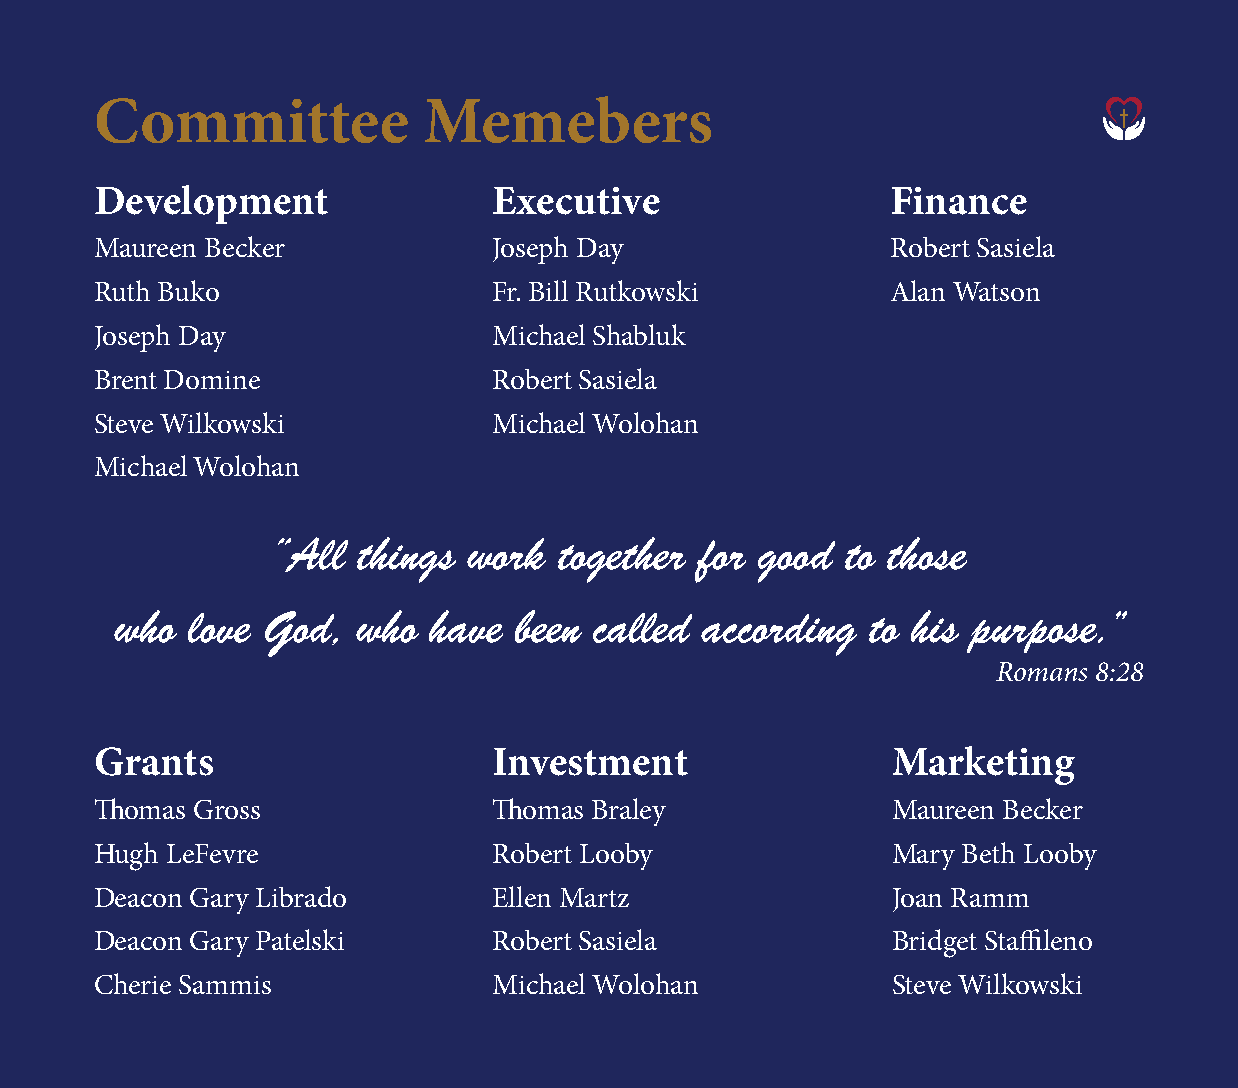
Committee             Memebers
 Development                Executive                 Finance
 Maureen Becker             Joseph Day                Robert Sasiela
 Ruth Buko                  Fr. Bill Rutkowski        Alan Watson
 Joseph Day                 Michael Shabluk
 Brent Domine               Robert Sasiela
 Steve Wilkowski            Michael Wolohan
 Michael Wolohan
 “All  things work  together for good  to those
 who  love God,  who  have been called  according  to his purpose.”
 Romans 8:28
 Grants                     Investment                Marketing
 Thomas Gross               Thomas Braley             Maureen Becker
 Hugh LeFevre               Robert Looby              Mary Beth Looby
 Deacon Gary Librado        Ellen Martz               Joan Ramm
 Deacon Gary Patelski       Robert Sasiela            Bridget Staffileno
 Cherie Sammis              Michael Wolohan           Steve Wilkowski